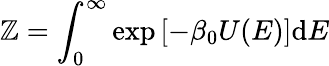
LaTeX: \mathbb{Z}=\int_{0}^{\infty}\exp\left[-\beta_{0}U(E)\right]\mathrm{{d}}E